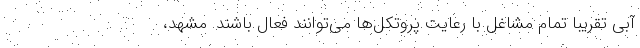
آبی تقریبا تمام مشاغل با رعایت پروتکل‌ها می‌توانند فعال باشند. مشهد،